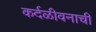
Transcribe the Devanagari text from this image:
कर्दळीवनाची